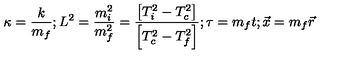
\kappa = \frac { k } { m _ { f } } ; L ^ { 2 } = \frac { m _ { i } ^ { 2 } } { m _ { f } ^ { 2 } } = \frac { \left[ T _ { i } ^ { 2 } - T _ { c } ^ { 2 } \right] } { \left[ T _ { c } ^ { 2 } - T _ { f } ^ { 2 } \right] } ; \tau = m _ { f } t ; \vec { x } = m _ { f } \vec { r }